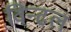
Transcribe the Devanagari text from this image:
विन्ढल